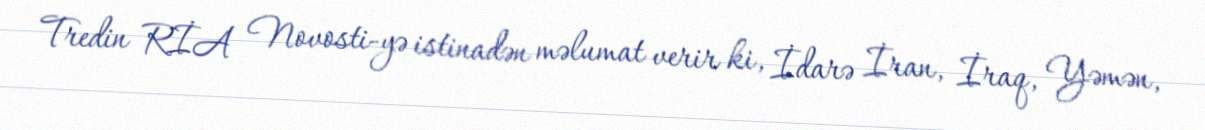
Tredin RİA Novosti-yə istinadən məlumat verir ki, İdarə İran, İraq, Yəmən,